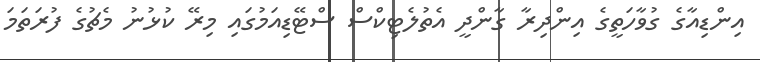
އިންޑިއާގެ ގުވާހަތީގެ އިންދިރާ ގާންދީ އެތުލެޓިކްސް ސްޓޭޑިއަމުގައި މިރޭ ކުޅުނު މެޗުގެ ފުރަތަމަ